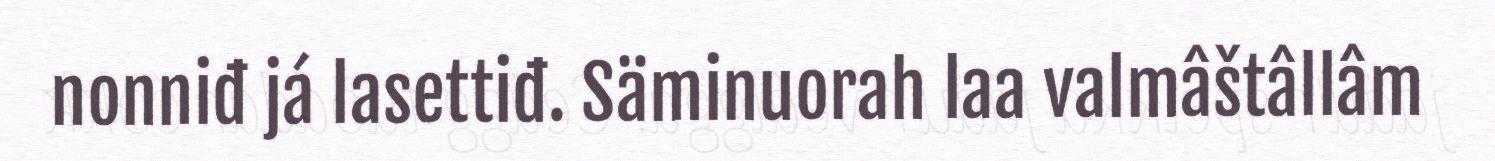
nonniđ já lasettiđ. Säminuorah laa valmâštâllâm